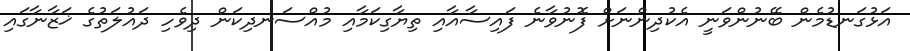
އަޅުގަނޑުމެން ބޭނުންވަނީ އެކުދިންނަށް ފޮނުވާނެ ފައިސާއާއި ތިޔާގިކަމާއި މުއްސަނދިކަން ދިވެހި ދައުލަތުގެ ޚަޒާނާގައި